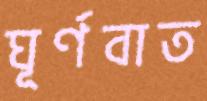
ঘূর্ণবাত